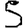
Digit: 5